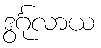
ဒွင်္ဂုလာယ